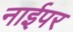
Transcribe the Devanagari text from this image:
नाईपर